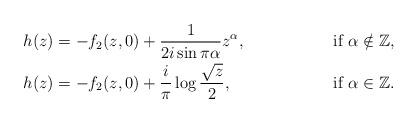
LaTeX: \begin{align*}&h(z)=-f_2(z,0)+\frac{1}{2i\sin \pi\alpha}z^\alpha,& \mbox{ if $\alpha\notin\mathbb Z$,}\\&h(z)=-f_2(z,0)+\frac{i}{\pi}\log\frac{\sqrt{z}}{2},&\mbox{ if $\alpha\in\mathbb Z$.}\end{align*}